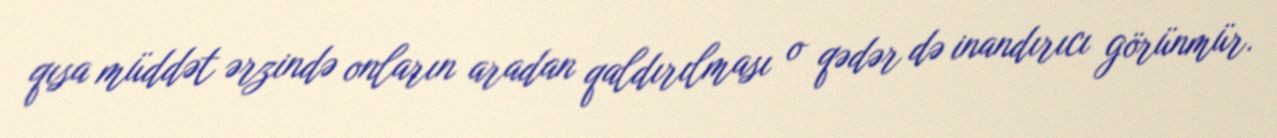
qısa müddət ərzində onların aradan qaldırılması o qədər də inandırıcı görünmür.